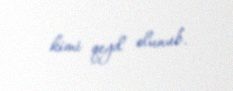
kimi qeyd olunub.